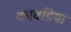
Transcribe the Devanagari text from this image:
कावडिया